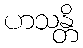
ဟသန္တိ